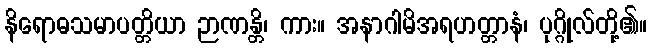
နိရောဓသမာပတ္တိယာ ဉာဏန္တိ၊ ကား။ အနာဂါမိအရဟတ္တာနံ၊ ပုဂ္ဂိုလ်တို့၏။